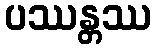
ပဿန္တဿ